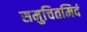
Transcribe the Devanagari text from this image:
समुचितमिदं